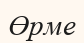
Өрме